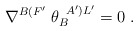
\begin{align*}\nabla^{B(F'} \; \theta_{B}^{\; \; A')L'}=0 \; .\end{align*}